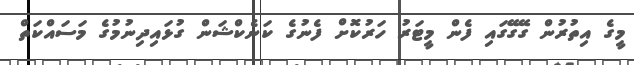
މީގެ އިތުރުން ގޭގޭގައި ފެން މީޓަރު ހަރުކޮށް ފެނުގެ ކަނެކްޝަން ގުޅައިދިނުމުގެ މަސައްކަތް